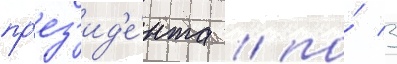
пр'ез'ид'е́нта / по́ 3